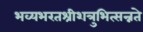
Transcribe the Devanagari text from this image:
भव्यभरतश्रीशत्रुभित्सन्नते